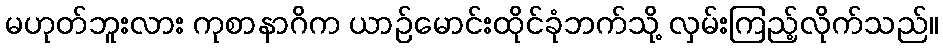
မဟုတ်ဘူးလား ကုစာနာဂိက ယာဉ်မောင်းထိုင်ခုံဘက်သို့ လှမ်းကြည့်လိုက်သည်။